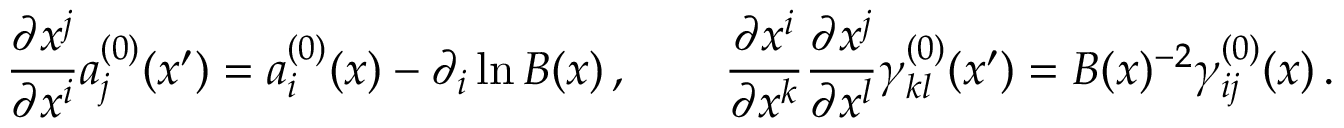
\frac { \partial x ^ { j } } { \partial x ^ { i } } a _ { j } ^ { ( 0 ) } ( x ^ { \prime } ) = a _ { i } ^ { ( 0 ) } ( x ) - \partial _ { i } \ln { \cal B } ( x ) \, , \qquad \frac { \partial x ^ { i } } { \partial x ^ { k } } \frac { \partial x ^ { j } } { \partial x ^ { l } } \gamma _ { k l } ^ { ( 0 ) } ( x ^ { \prime } ) = { \cal B } ( x ) ^ { - 2 } \gamma _ { i j } ^ { ( 0 ) } ( x ) \, .